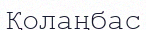
Қолаңбас